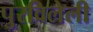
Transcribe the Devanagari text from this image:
पुरविलेली